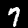
Digit: 7